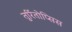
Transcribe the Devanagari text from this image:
तुर्रितोप्सिस